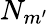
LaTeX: N_{m^{\prime}}